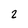
Character: 2